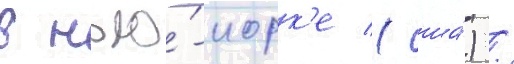
в нью́-иорк'е (сша́) /